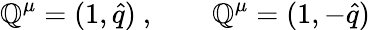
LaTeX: \mathbb{Q}^{\mu}=(1,\hat{{q}})\ ,\qquad\mathbb{Q}^{\mu}=(1,-\hat{{q}})